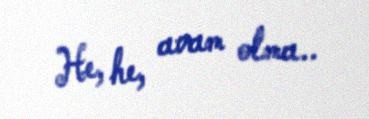
He, he, avam olma..